Scottish Certificate of Education, 1963
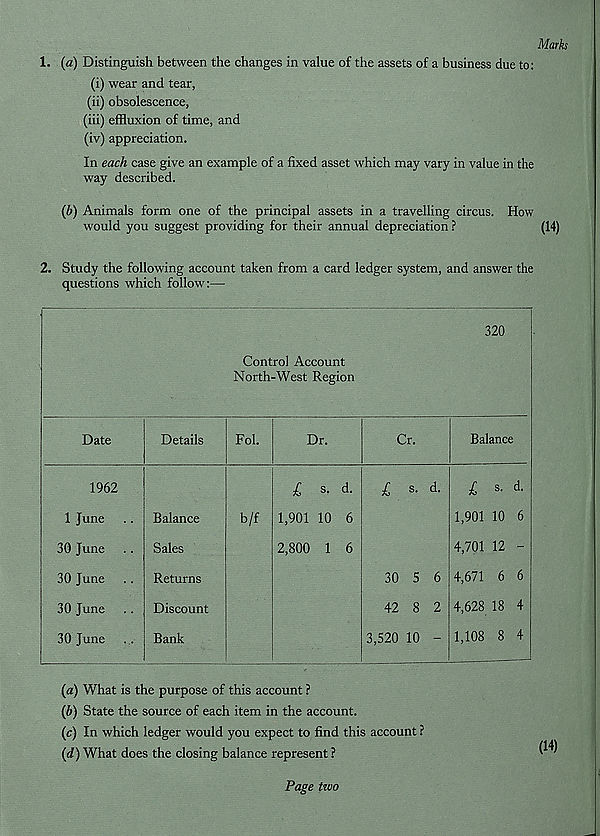
Marks
1. (a) Distinguish between the changes in value of the assets of a business due to:
(i) wear and tear,
(ii) obsolescence,
(iii) effluxion of time, and
(iv) appreciation.
In each case give an example of a fixed asset which may vary in value in the
way described.
(b) Animals form one of the principal assets in a travelling circus. How
would you suggest providing for their annual depreciation ?
(14)
2. Study the following account taken from a card ledger system, and answer the
questions which follow:—
320
Control Account
North-West Region
Date
Details
Fol.
Dr.
Cr.
Balance
1962
1 June
30 June
30 June
30 June
30 June
Balance
Sales
Returns
Discount
Bank
b/f
£ s. d.
1,901 10 6
2,800 1 6
£ s. d.
30 5 6
42 8 2
3,520 10 -
£ s. d.
1,901 10 6
4,701 12 -
4,671 6 6
4,628 18 4
1,108 8 4
(a) What is the purpose of this account ?
(b) State the source of each item in the account.
(c) In which ledger would you expect to find this account ?
(d) What does the closing balance represent ?
(14)
Page two